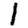
Digit: 1